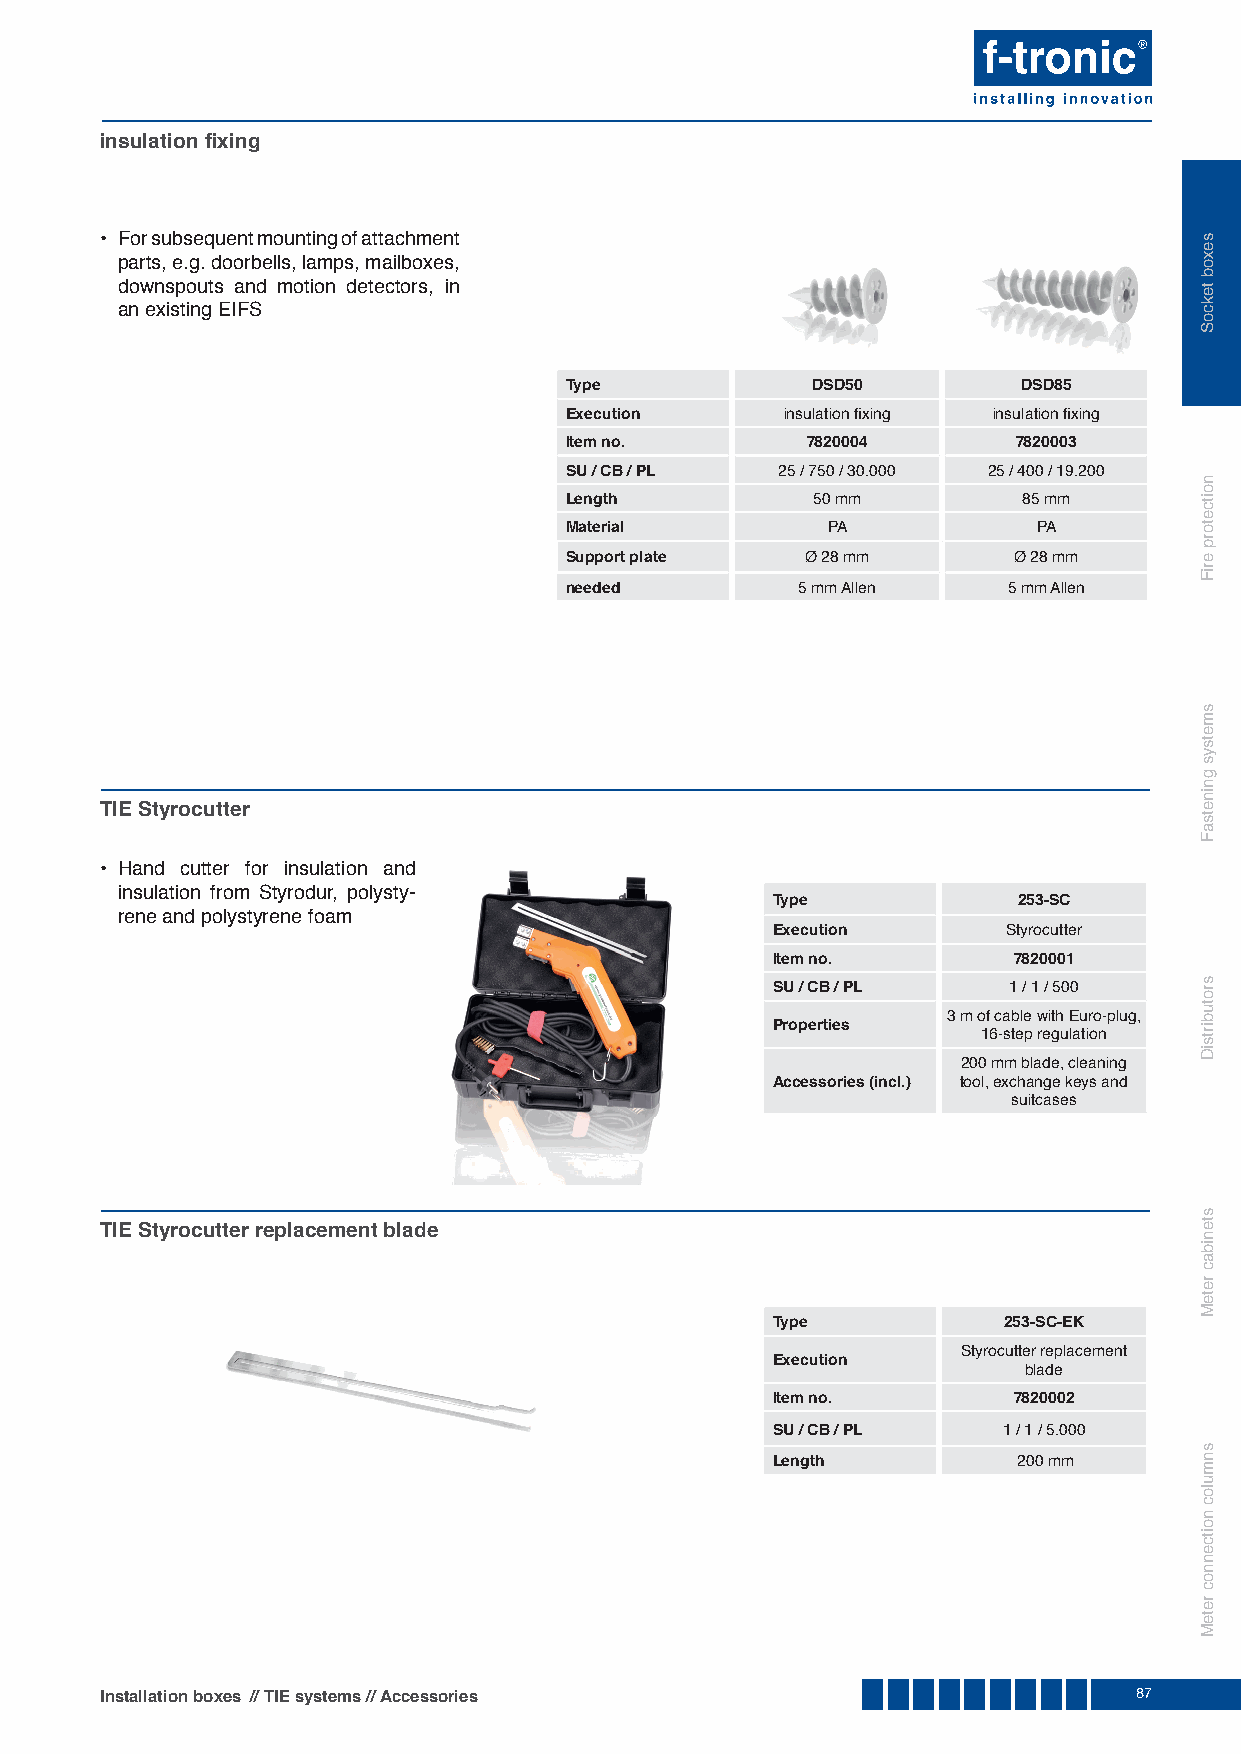
insulation fi xing
 • For subsequent mounting of attachment
 parts, e.g. doorbells, lamps, mailboxes,
 downspouts and motion detectors, in
 an existing EIFS
 Type             DSD50         DSD85
 Execution      insulation fi xing insulation fi xing
 Item no.        7820004       7820003
 SU / CB / PL   25 / 750 / 30.000 25 / 400 / 19.200
 Length           50 mm         85 mm
 Material          PA            PA
 Support plate   Ø 28 mm       Ø 28 mm
 needed          5 mm Allen    5 mm Allen
 TIE Styrocutter
 • Hand cutter for insulation and
 insulation from Styrodur, polysty-
 Type            253-SC
 rene and polystyrene foam
 Execution       Styrocutter
 Item no.        7820001
 SU / CB / PL    1 / 1 / 500
 3 m of cable with Euro-plug,
 Properties
 16-step regulation
 200 mm blade, cleaning
 Accessories (incl.) tool, exchange keys and
 suitcases
 TIE Styrocutter replacement blade
 Type           253-SC-EK
 Styrocutter replacement
 Execution
 blade
 Item no.        7820002
 SU / CB / PL   1 / 1 / 5.000
 Length          200 mm
 Installation boxes // TIE systems // Accessories                    87
 sexob
 tekcoS
 noitcetorp
 eriF
 smetsys
 gninetsaF
 srotubirtsiD
 stenibac
 reteM
 snmuloc
 noitcennoc
 reteM